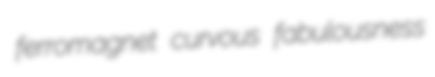
ferromagnet curvous fabulousness